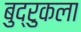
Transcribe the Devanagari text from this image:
बुद्रुकला